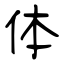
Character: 体